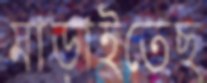
মাড়াইতেছ